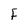
Character: F